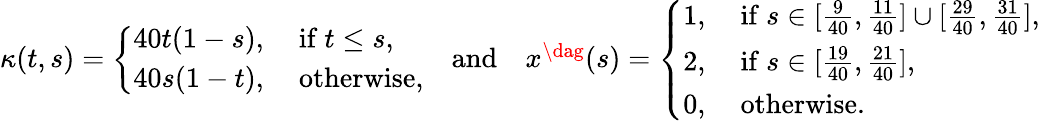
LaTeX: \begin{array}{r}{\kappa(t,s)=\left\{ \begin{array}{ll}{40t(1-s),}&{\mathrm{~if~}t\leq s,}\\ {40s(1-t),}&{\mathrm{~otherwise},}\end{array}\right.\quad\mathrm{and}\quad x^{\dag}(s)=\left\{ \begin{array}{ll}{1,}&{\mathrm{~if~}s\in[\frac{9}{40},\frac{11}{40}]\cup[\frac{29}{40},\frac{31}{40}],}\\ {2,}&{\mathrm{~if~}s\in[\frac{19}{40},\frac{21}{40}],}\\ {0,}&{\mathrm{~otherwise}.}\end{array}\right.}\end{array}